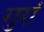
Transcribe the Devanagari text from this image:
गुरां